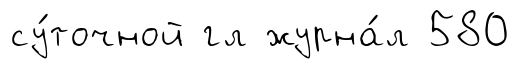
су́точной гл журна́л 580